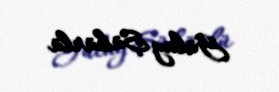
Gülay Şükürlü